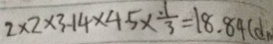
2 \times 2 \times 3 . 1 4 \times 4 . 5 \times \frac { 1 } { 3 } = 1 8 . 8 4 ( d m